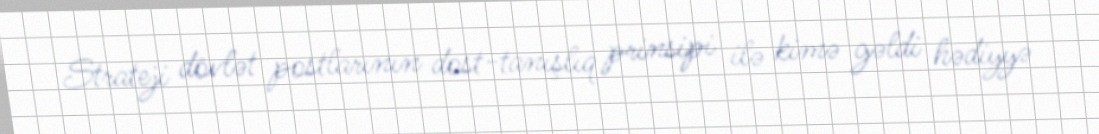
Strateji dövlət postlarının dost-tanışlıq prinsipi ilə kimə gəldi hədiyyə